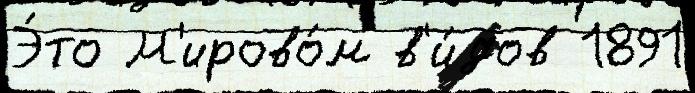
Э́то М'ирово́м в'и́дов 1891